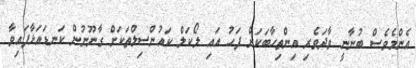
އެންމެވެސް ބުނާނީ ވާދަވެރި އިންތިހާބަކަށް ފަހު އައި ލޯކަލް ކައުންސިލްތަކަށް ގާނޫނުން ކަނޑައަޅާފައިވާ